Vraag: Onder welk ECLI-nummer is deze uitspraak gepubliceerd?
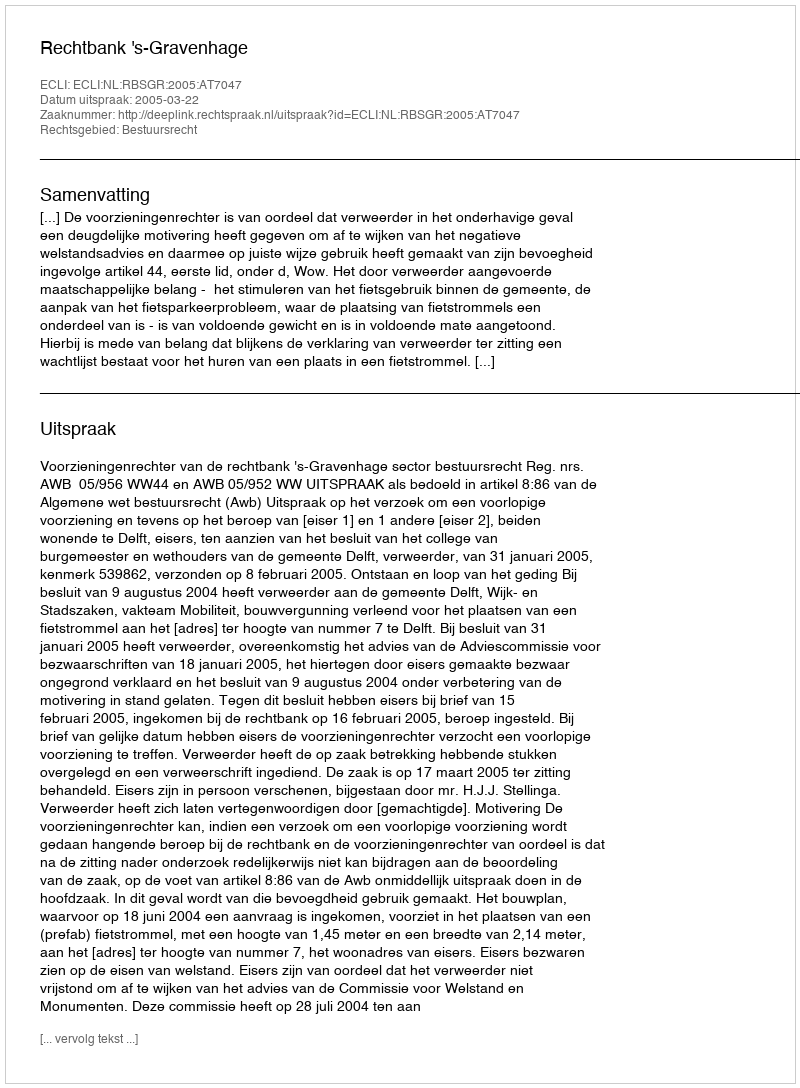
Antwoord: ECLI:NL:RBSGR:2005:AT7047